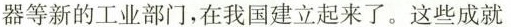
器等新的工业部门，在我国建立起来了。这些成就